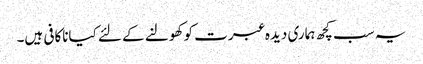
یہ سب کچھ ہماری دیدہ عبرت کو کھولنے کے لئے کیاناکافی ہیں۔